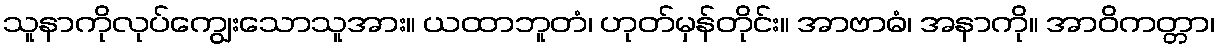
သူနာကိုလုပ်ကျွေးသောသူအား။ ယထာဘူတံ၊ ဟုတ်မှန်တိုင်း။ အာဗာဓံ၊ အနာကို။ အာဝိကတ္တာ၊